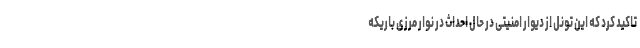
تاکید کرد که این تونل از دیوار امنیتی در حال احداث در نوار مرزی باریکه